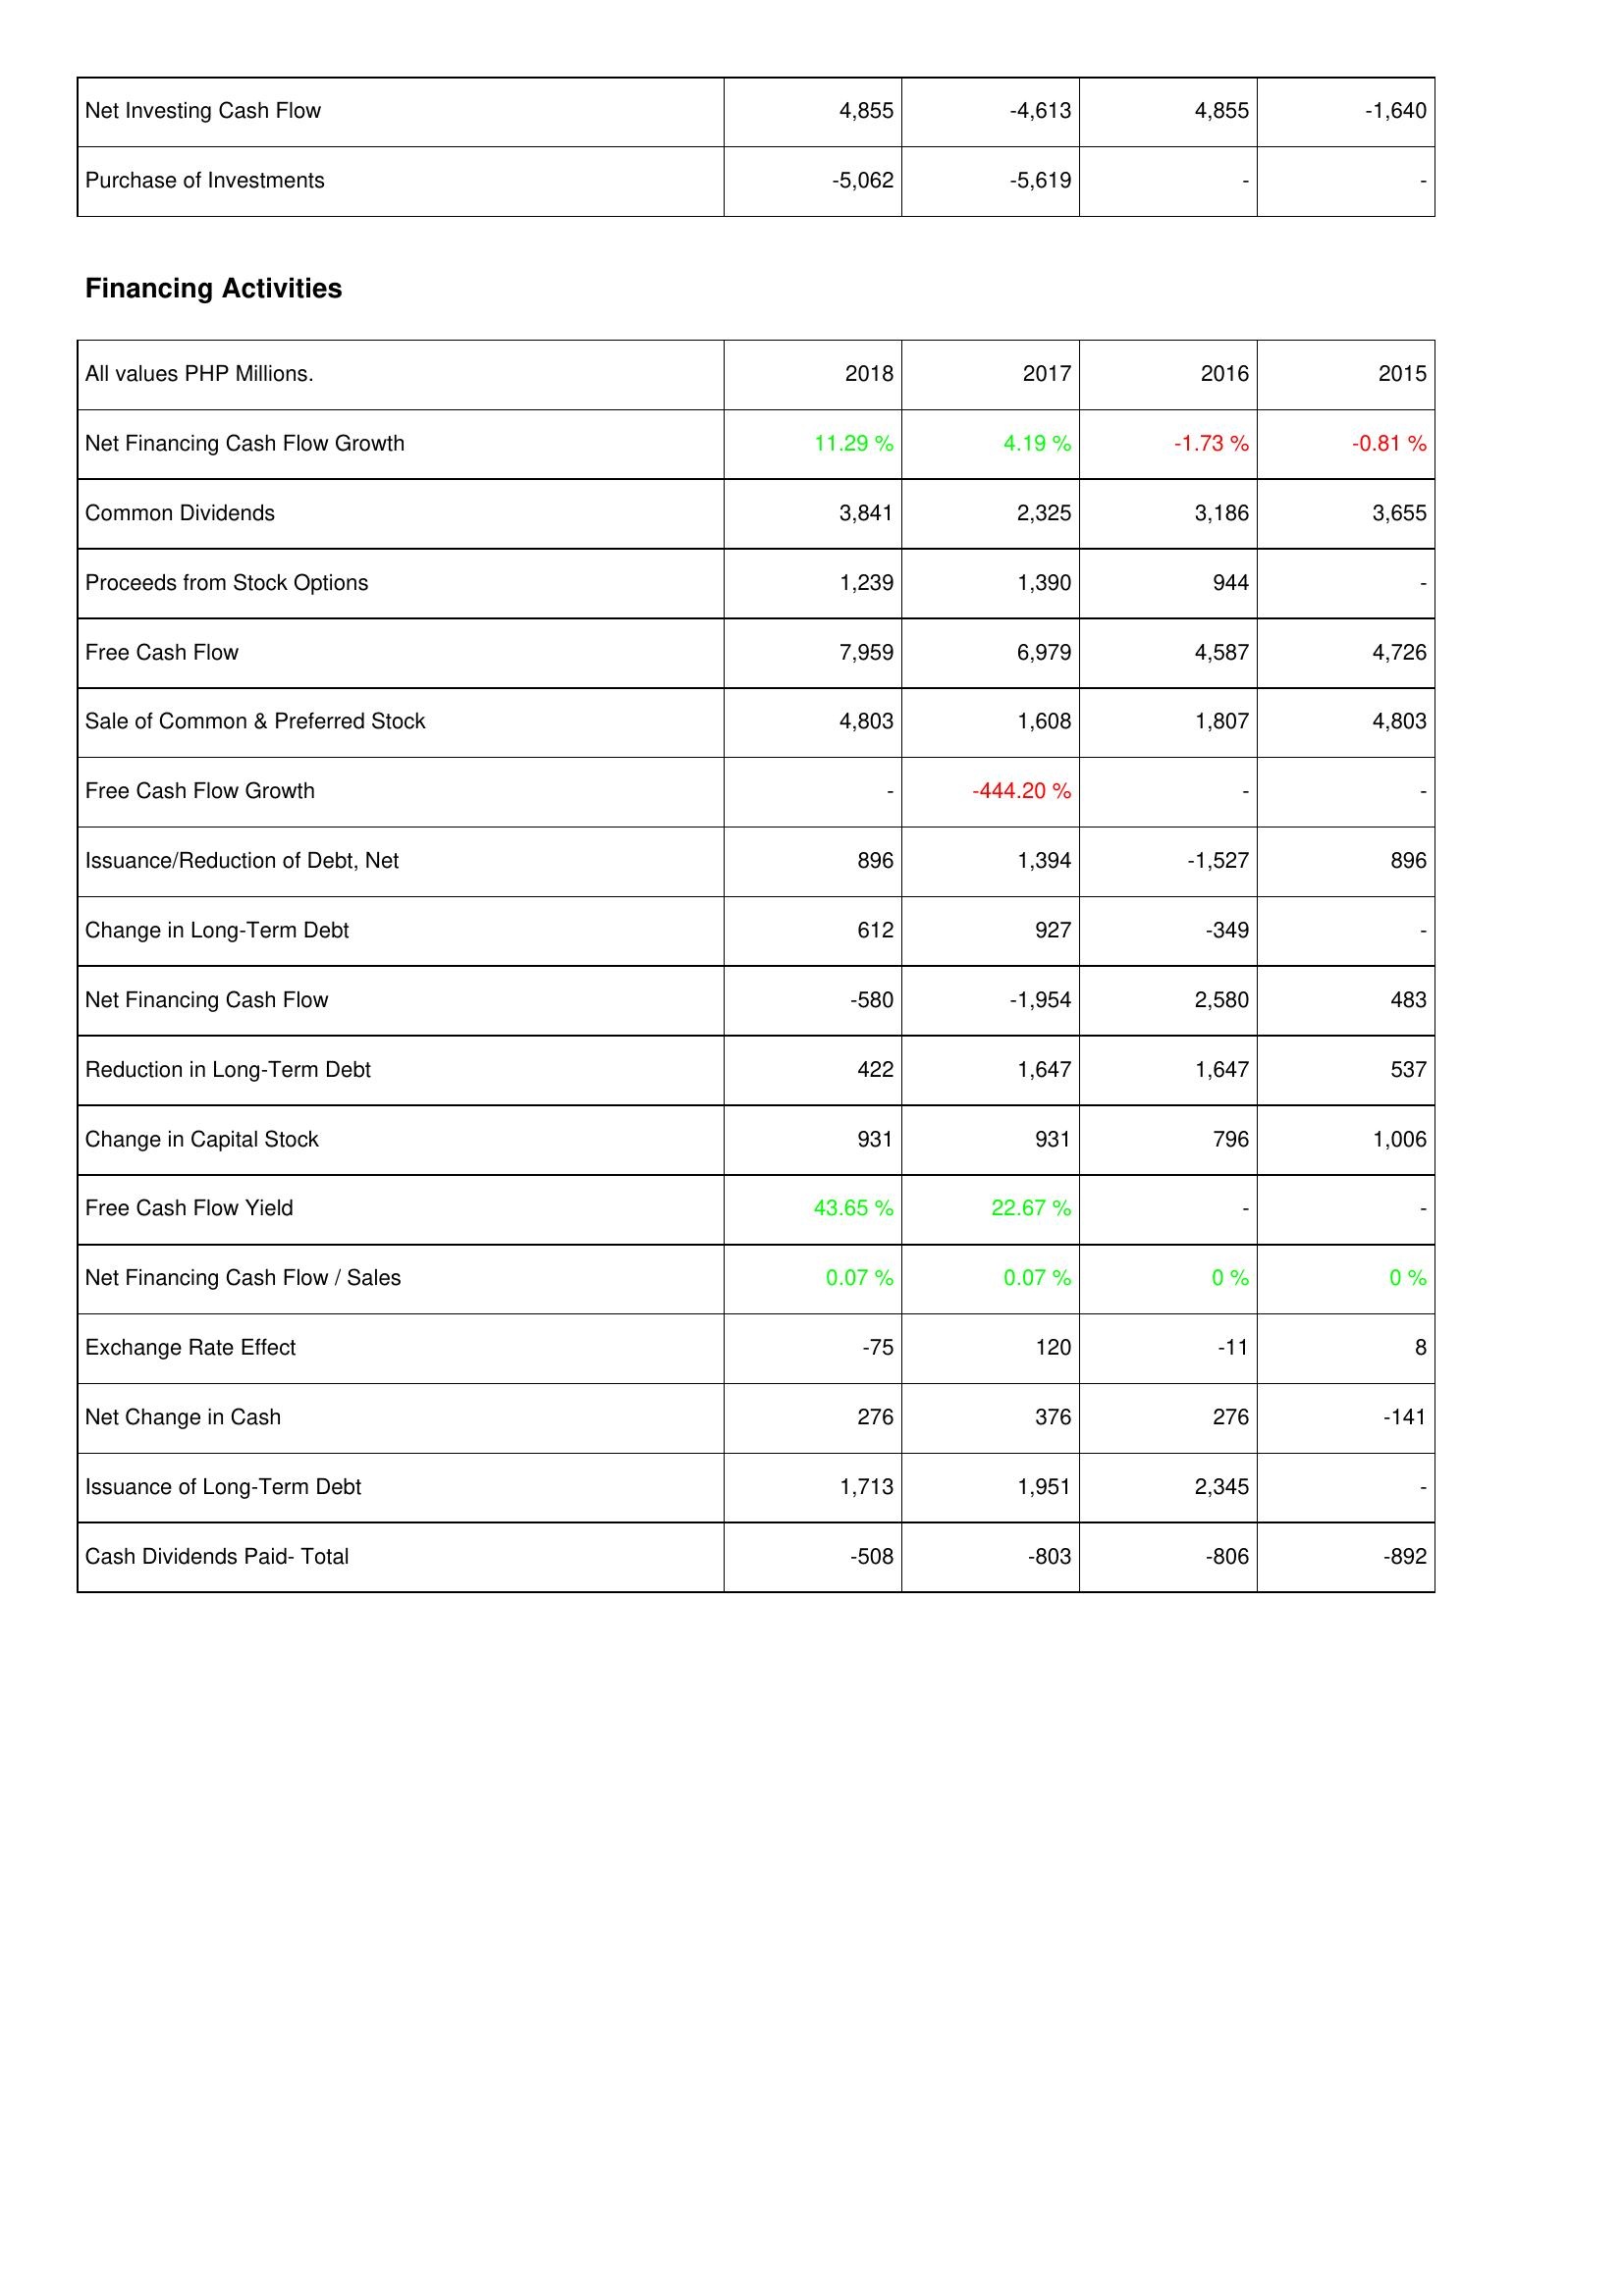
2018: Investing Activities: Net Investing Cash Flow: 4,855
Purchase of Investments: -5,062
Financing Activities: Net Financing Cash Flow Growth: 11.29 %
Common Dividends: 3,841
Proceeds from Stock Options: 1,239
Free Cash Flow: 7,959
Sale of Common & Preferred Stock: 4,803
Free Cash Flow Growth: -
Issuance/Reduction of Debt, Net: 896
Change in Long-Term Debt: 612
Net Financing Cash Flow: -580
Reduction in Long-Term Debt: 422
Change in Capital Stock: 931
Free Cash Flow Yield: 43.65 %
Net Financing Cash Flow / Sales: 0.07 %
Exchange Rate Effect: -75
Net Change in Cash: 276
Issuance of Long-Term Debt: 1,713
Cash Dividends Paid- Total: -508
2017: Investing Activities: Net Investing Cash Flow: -4,613
Purchase of Investments: -5,619
Financing Activities: Net Financing Cash Flow Growth: 4.19 %
Common Dividends: 2,325
Proceeds from Stock Options: 1,390
Free Cash Flow: 6,979
Sale of Common & Preferred Stock: 1,608
Free Cash Flow Growth: -444.20 %
Issuance/Reduction of Debt, Net: 1,394
Change in Long-Term Debt: 927
Net Financing Cash Flow: -1,954
Reduction in Long-Term Debt: 1,647
Change in Capital Stock: 931
Free Cash Flow Yield: 22.67 %
Net Financing Cash Flow / Sales: 0.07 %
Exchange Rate Effect: 120
Net Change in Cash: 376
Issuance of Long-Term Debt: 1,951
Cash Dividends Paid- Total: -803
2016: Investing Activities: Net Investing Cash Flow: 4,855
Purchase of Investments: -
Financing Activities: Net Financing Cash Flow Growth: -1.73 %
Common Dividends: 3,186
Proceeds from Stock Options: 944
Free Cash Flow: 4,587
Sale of Common & Preferred Stock: 1,807
Free Cash Flow Growth: -
Issuance/Reduction of Debt, Net: -1,527
Change in Long-Term Debt: -349
Net Financing Cash Flow: 2,580
Reduction in Long-Term Debt: 1,647
Change in Capital Stock: 796
Free Cash Flow Yield: -
Net Financing Cash Flow / Sales: 0 %
Exchange Rate Effect: -11
Net Change in Cash: 276
Issuance of Long-Term Debt: 2,345
Cash Dividends Paid- Total: -806
2015: Investing Activities: Net Investing Cash Flow: -1,640
Purchase of Investments: -
Financing Activities: Net Financing Cash Flow Growth: -0.81 %
Common Dividends: 3,655
Proceeds from Stock Options: -
Free Cash Flow: 4,726
Sale of Common & Preferred Stock: 4,803
Free Cash Flow Growth: -
Issuance/Reduction of Debt, Net: 896
Change in Long-Term Debt: -
Net Financing Cash Flow: 483
Reduction in Long-Term Debt: 537
Change in Capital Stock: 1,006
Free Cash Flow Yield: -
Net Financing Cash Flow / Sales: 0 %
Exchange Rate Effect: 8
Net Change in Cash: -141
Issuance of Long-Term Debt: -
Cash Dividends Paid- Total: -892